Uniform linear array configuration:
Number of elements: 8
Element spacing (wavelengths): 0.75
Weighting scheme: blackman
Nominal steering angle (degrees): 0
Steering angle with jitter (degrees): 1.961
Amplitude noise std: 0.05
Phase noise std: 0.05

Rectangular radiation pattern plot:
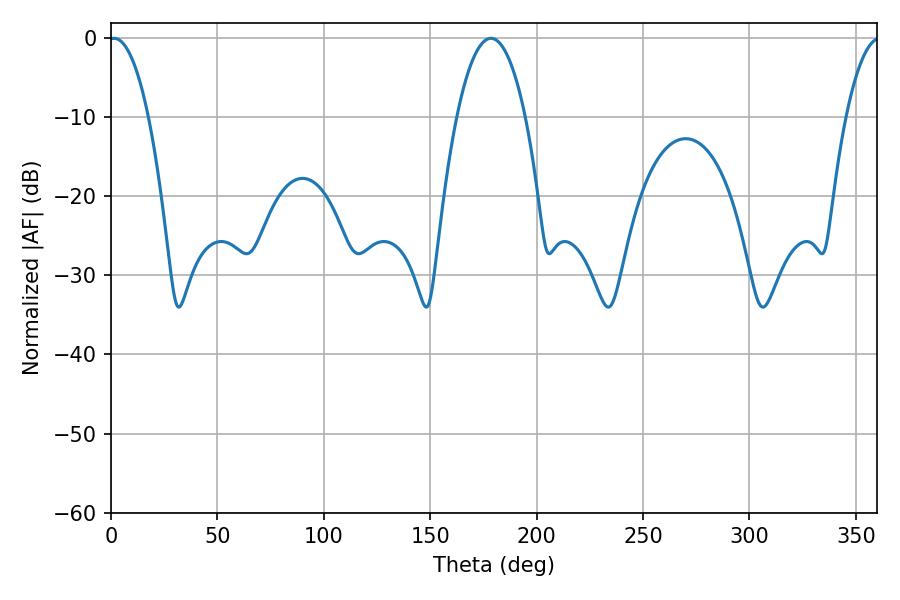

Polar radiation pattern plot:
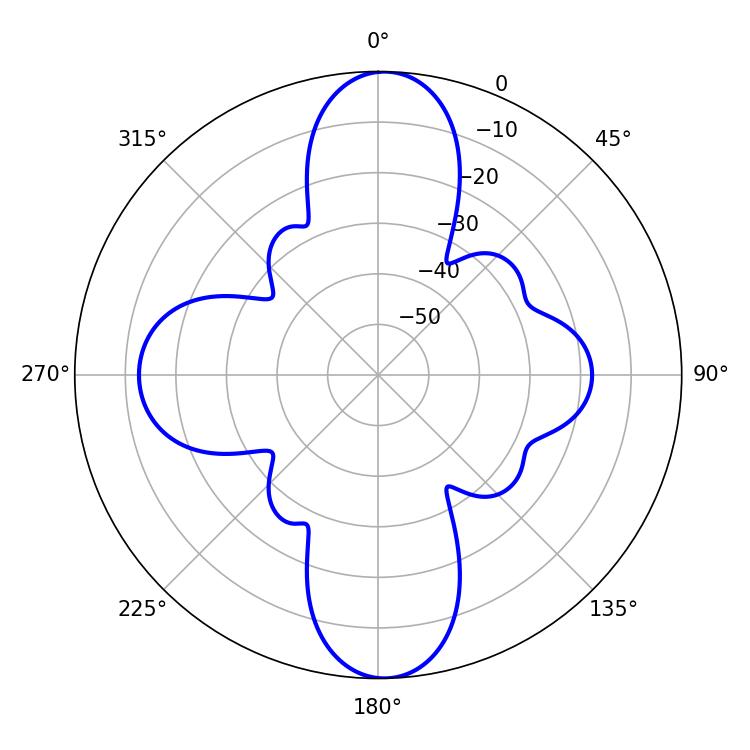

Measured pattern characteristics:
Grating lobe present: TRUE
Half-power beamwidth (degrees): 18
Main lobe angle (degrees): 178.56